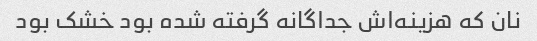
نان که هزینه‌اش جداگانه گرفته شده بود خشک بود